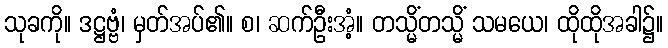
သုခကို။ ဒဋ္ဌဗ္ဗံ၊ မှတ်အပ်၏။ စ၊ ဆက်ဦးအံ့။ တသ္မိံတသ္မိံ သမယေ၊ ထိုထိုအခါ၌။